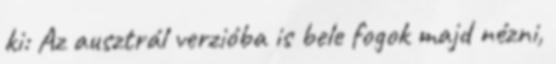
ki: Az ausztrál verzióba is bele fogok majd nézni,